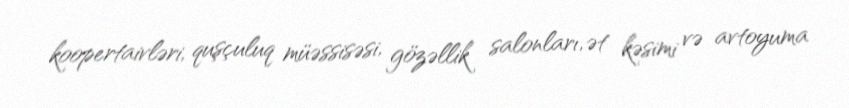
koopertaivləri, quşçuluq müəssisəsi, gözəllik salonları, ət kəsimi və avtoyuma